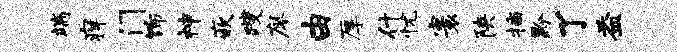
端痒门饰神嵌躞廖由厚什忧寰陕插黔了益